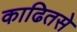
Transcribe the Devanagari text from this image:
काढितसे